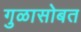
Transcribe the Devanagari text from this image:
गुळासोबत